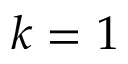
k = 1